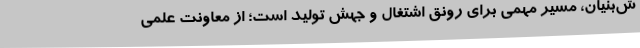
ش‌بنیان، مسیر مهمی برای رونق اشتغال و جهش تولید است؛ از معاونت علمی